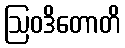
ဩဝဒိတောတိ